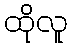
ထိုလူ